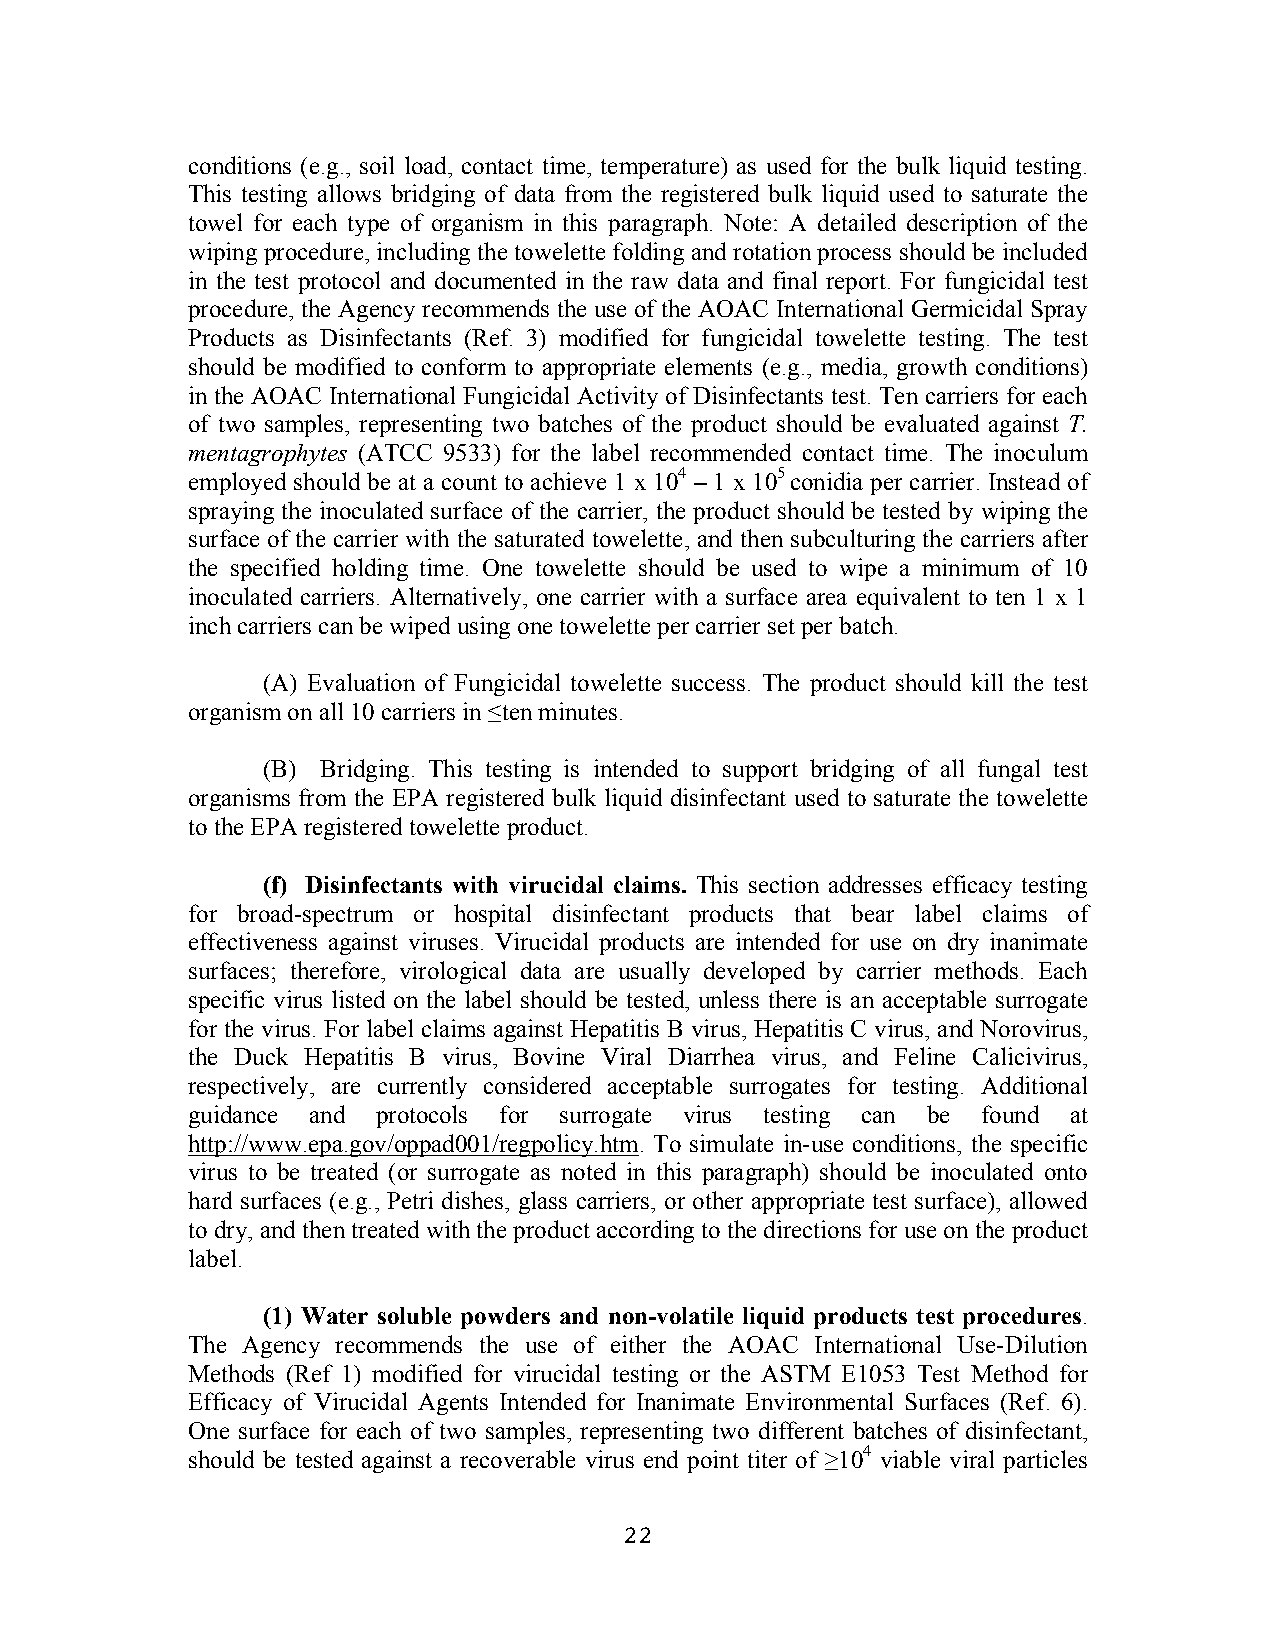
conditions (e.g., soil load, contact time, temperature) as used for the bulk liquid testing.
 This testing allows bridging of data from the registered bulk liquid used to saturate the
 towel for each type of organism in this paragraph. Note: A detailed description of the
 wiping procedure, including the towelette folding and rotation process should be included
 in the test protocol and documented in the raw data and final report. For fungicidal test
 procedure, the Agency recommends the use of the AOAC International Germicidal Spray
 Products as Disinfectants (Ref. 3) modified for fungicidal towelette testing. The test
 should be modified to conform to appropriate elements (e.g., media, growth conditions)
 in the AOAC International Fungicidal Activity of Disinfectants test. Ten carriers for each
 of two samples, representing two batches of the product should be evaluated against T.
 mentagrophytes (ATCC 9533) for the label recommended contact time. The inoculum
 employed should be at a count to achieve 1 x 104 – 1 x 105 conidia per carrier. Instead of
 spraying the inoculated surface of the carrier, the product should be tested by wiping the
 surface of the carrier with the saturated towelette, and then subculturing the carriers after
 the specified holding time. One towelette should be used to wipe a minimum of 10
 inoculated carriers. Alternatively, one carrier with a surface area equivalent to ten 1 x 1
 inch carriers can be wiped using one towelette per carrier set per batch.
 (A) Evaluation of Fungicidal towelette success. The product should kill the test
 organism on all 10 carriers in ≤ten minutes.
 (B) Bridging. This testing is intended to support bridging of all fungal test
 organisms from the EPA registered bulk liquid disinfectant used to saturate the towelette
 to the EPA registered towelette product.
 (f) Disinfectants with virucidal claims. This section addresses efficacy testing
 for broad-spectrum or hospital disinfectant products that bear label claims of
 effectiveness against viruses. Virucidal products are intended for use on dry inanimate
 surfaces; therefore, virological data are usually developed by carrier methods. Each
 specific virus listed on the label should be tested, unless there is an acceptable surrogate
 for the virus. For label claims against Hepatitis B virus, Hepatitis C virus, and Norovirus,
 the Duck Hepatitis B virus, Bovine Viral Diarrhea virus, and Feline Calicivirus,
 respectively, are currently considered acceptable surrogates for testing. Additional
 guidance and protocols for surrogate virus testing can be found at
 http://www.epa.gov/oppad001/regpolicy.htm. To simulate in-use conditions, the specific
 virus to be treated (or surrogate as noted in this paragraph) should be inoculated onto
 hard surfaces (e.g., Petri dishes, glass carriers, or other appropriate test surface), allowed
 to dry, and then treated with the product according to the directions for use on the product
 label.
 (1) Water soluble powders and non-volatile liquid products test procedures.
 The Agency recommends the use of either the AOAC International Use-Dilution
 Methods (Ref 1) modified for virucidal testing or the ASTM E1053 Test Method for
 Efficacy of Virucidal Agents Intended for Inanimate Environmental Surfaces (Ref. 6).
 One surface for each of two samples, representing two different batches of disinfectant,
 should be tested against a recoverable virus end point titer of ≥104 viable viral particles
 22